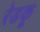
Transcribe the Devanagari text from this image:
रेडकू